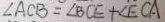
\angle A C B = \angle B C E + \angle E C A